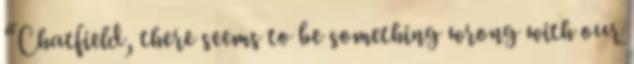
“Chatfield, there seems to be something wrong with our